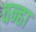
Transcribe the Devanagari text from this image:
वन्हा